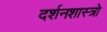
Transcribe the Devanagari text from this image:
दर्शनशास्त्रो